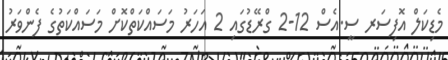
މެޑިކަލް އޮފިސަރ ސީ.އެސް 12-2 ގްރޭޑުގައި 2 އަހަރު މަސައްކަތްކޮށް މަސައްކަތުގެ ފެންވަރު